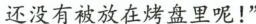
还没有被放在烤盘里呢！”